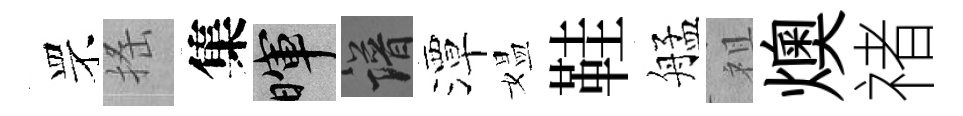
罘搖集暉譜潭媪鞋艋祖燠禇